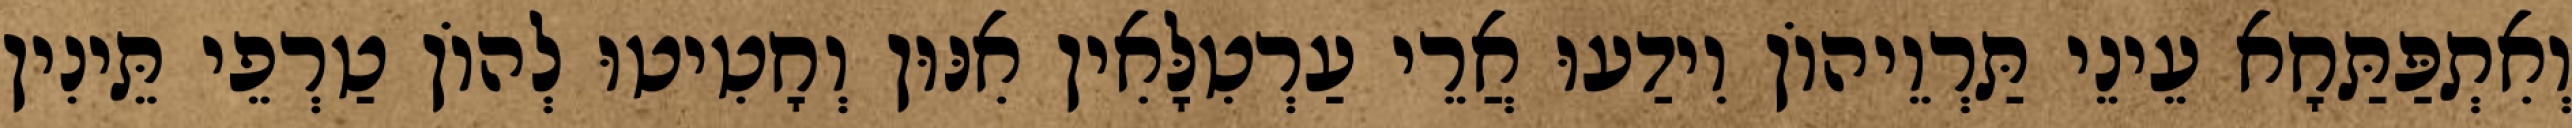
וְאִתְפַּתַּחָא עֵינֵי תַּרְוֵיהוֹן וִידַעוּ אֲרֵי עַרְטִלָּאִין אִנּוּן וְחָטִיטוּ לְהוֹן טַרְפֵי תֵּינִין